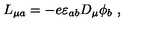
L _ { \mu a } = - e \varepsilon _ { a b } D _ { \mu } \phi _ { b } \ ,